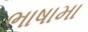
ભાષામા